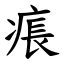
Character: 痮